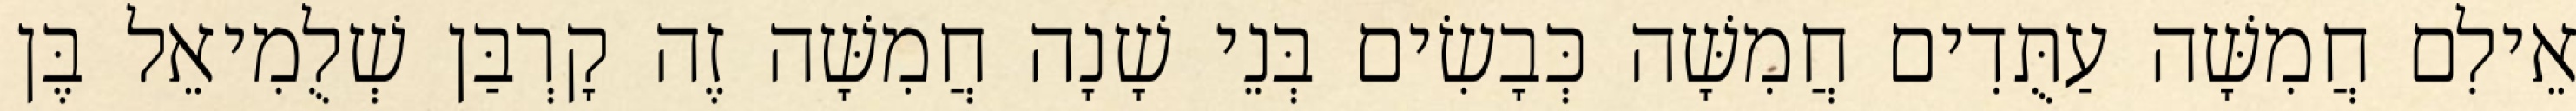
אֵילִם חֲמִשָּׁה עַתֻּדִים חֲמִשָּׁה כְּבָשִׂים בְּנֵי שָׁנָה חֲמִשָּׁה זֶה קָרְבַּן שְׁלֻמִיאֵל בֶּן